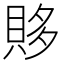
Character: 𰷂